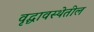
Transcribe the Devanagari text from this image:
वृद्धावस्थेतील